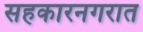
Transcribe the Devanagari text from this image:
सहकारनगरात